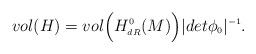
LaTeX: \begin{align*}vol(H) = vol\Bigl(H^{\scriptscriptstyle 0}_{\scriptscriptstyle dR}(M)\Bigr) \vert det\phi_{\scriptscriptstyle 0}\vert^{\scriptscriptstyle -1}.\end{align*}